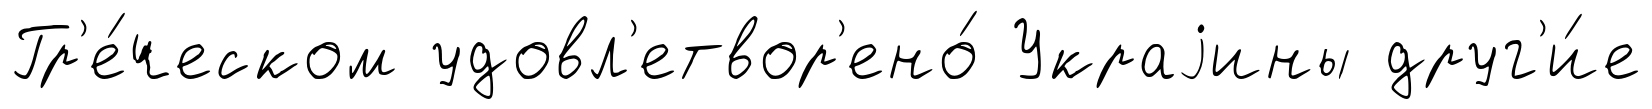
Гр'е́ческом удовл'етвор'ено́ Украjины друг'и́е